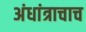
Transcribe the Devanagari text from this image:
अंधांत्राचाच